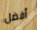
أفضل